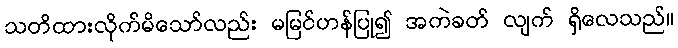
သတိထားလိုက်မိသော်လည်း မမြင်ဟန်ပြု၍ အကဲခတ် လျက် ရှိလေသည်။